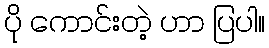
ပို ကောင်းတဲ့ ဟာ ပြပါ။